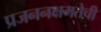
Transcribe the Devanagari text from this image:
प्रजननक्षमतेची